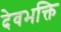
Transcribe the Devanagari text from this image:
देवभक्ति